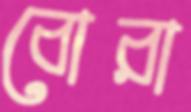
বোরা